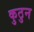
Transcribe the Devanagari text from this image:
कुठुन